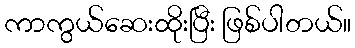
ကာကွယ်ဆေးထိုးပြီး ဖြစ်ပါတယ်။